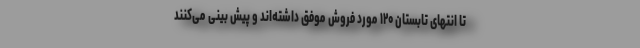
تا انتهای تابستان ۱۲۰ مورد فروش موفق داشته‌اند و پیش بینی می‌کنند